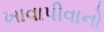
ખાવાપીવાનો